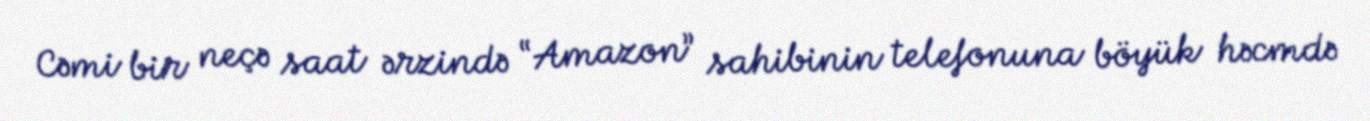
Cəmi bir neçə saat ərzində “Amazon” sahibinin telefonuna böyük həcmdə